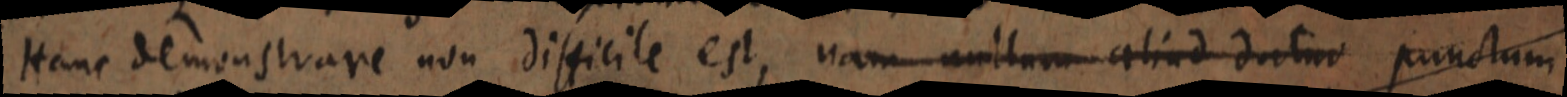
Hanc demonstrare non difficile est, nam unitum aliud datur punctum